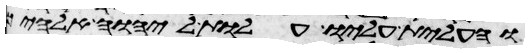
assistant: והעלית עליו עלות ליהוה אלהיך